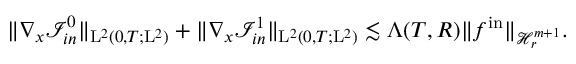
\begin{array} { r } { \Vert \nabla _ { x } \mathcal { I } _ { i n } ^ { 0 } \Vert _ { \mathrm { L } ^ { 2 } ( 0 , T ; \mathrm { L } ^ { 2 } ) } + \Vert \nabla _ { x } \mathcal { I } _ { i n } ^ { 1 } \Vert _ { \mathrm { L } ^ { 2 } ( 0 , T ; \mathrm { L } ^ { 2 } ) } \lesssim \Lambda ( T , R ) \Vert f ^ { \mathrm { i n } } \Vert _ { \mathcal { H } _ { r } ^ { m + 1 } } . } \end{array}